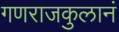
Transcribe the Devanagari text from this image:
गणराजकुलानं